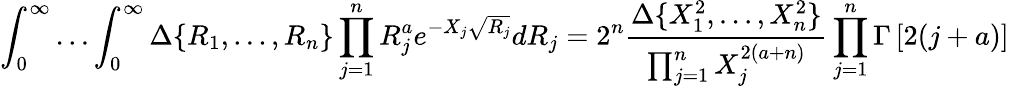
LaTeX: \int_{0}^{\infty}\ldots\int_{0}^{\infty}\Delta\{ R_{1},...,R_{n}\} \prod_{j=1}^{n}R_{j}^{a}e^{-X_{j}\sqrt{R_{j}}}dR_{j}=2^{n}\frac{\Delta\{ X_{1}^{2},...,X_{n}^{2}\} }{\prod_{j=1}^{n}X_{j}^{2(a+n)}}\prod_{j=1}^{n}\Gamma\left[2(j+a)\right]